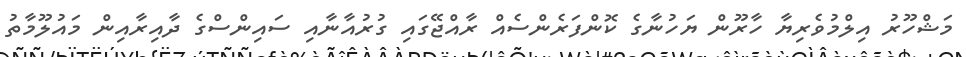
މަޝްހޫރު އިލްމުވެރިޔާ ހާރޫން ޔަހުނާގެ ކޮންފަރެންސެއް ރާއްޖޭގައި ގުރުއާނާއި ސައިންސްގެ ދާއިރާއިން މައުލޫމާތު